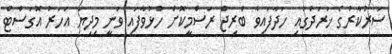
ސަރުކާރުގެ ޚަރަދުގައި ހަދާފައިވާ ބްރިޖް ރަސްމީކޮށް ހުޅުވާފައި ވަނީ މިދިޔަ އަހަރު އޮގަސްޓް